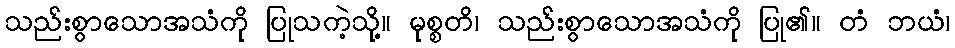
သည်းစွာသောအသံကို ပြုသကဲ့သို့။ မုစ္စတိ၊ သည်းစွာသောအသံကို ပြု၏။ တံ ဘယံ၊